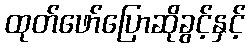
ထုတ်ဖော်ပြောဆိုခွင့်နှင့်